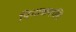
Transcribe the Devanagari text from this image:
पिनाकपाणि